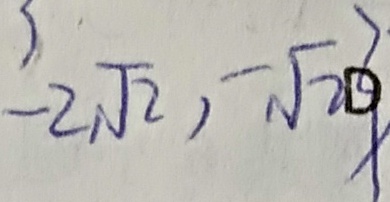
- 2 \sqrt { 2 } , - \sqrt { 2 }